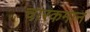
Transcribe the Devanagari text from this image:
चारकमान